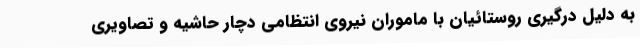
به دلیل درگیری روستائیان با ماموران نیروی انتظامی دچار حاشیه و تصاویری